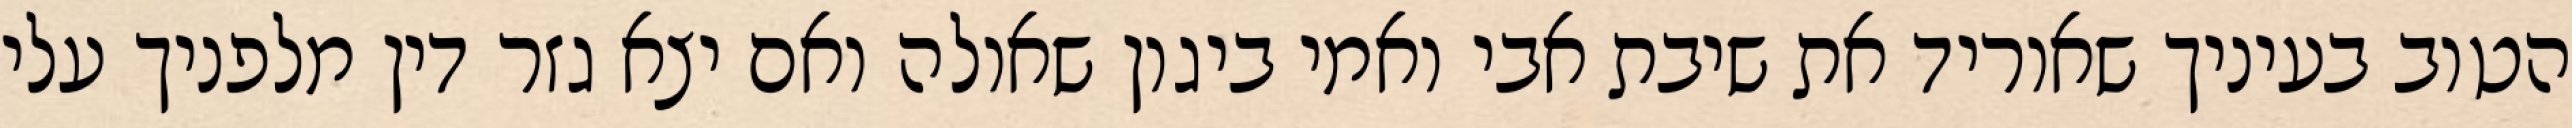
הטוב בעיניך שאוריד את שיבת אבי ואמי ביגון שאולה ואם יצא גזר דין מלפניך עלי